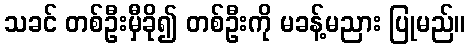
သခင် တစ်ဦးမှီခို၍ တစ်ဦးကို မခန့်မညား ပြုမည်။